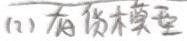
(2) 有 偿 模 型